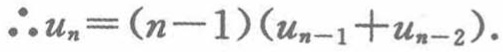
\(\therefore u_{n}=(n - 1)(u_{n - 1}+u_{n - 2}).\)